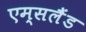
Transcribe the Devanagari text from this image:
एम्सलैंड